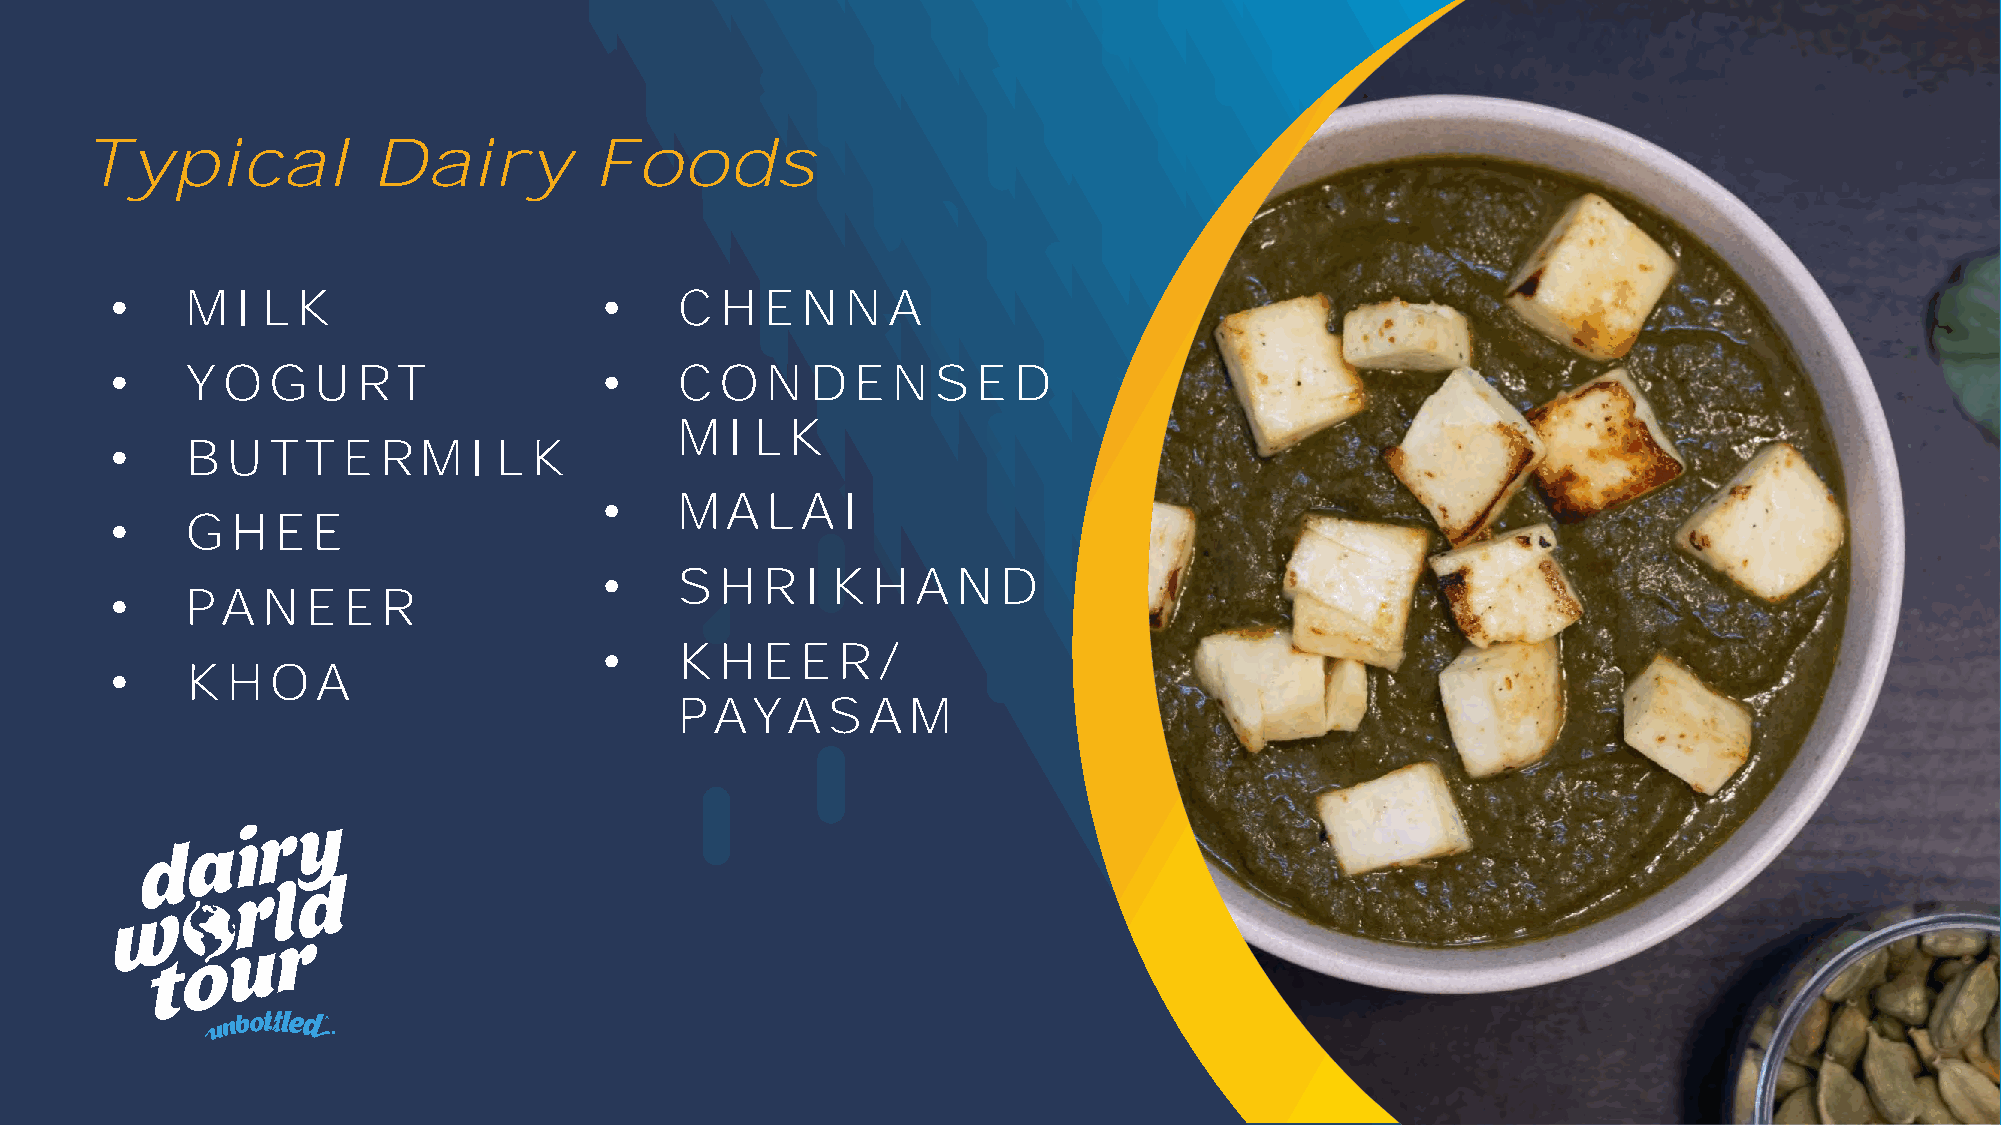
Typical             Dairy         Foods
 •    MI   L  K                   •    C  HEN     N  A
 •    Y  O  GURT                  •    C  O  N  DEN     S  ED
 MI   L K
 •    B  UTT     ERMI      L K
 •    MA    L A  I
 •    GHEE
 •    S  HRI    KHA     N  D
 •    PA   N  EER
 •    KHEER/
 •    KHO      A
 PAYA      S A  M